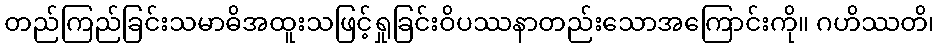
တည်ကြည်ခြင်းသမာဓိအထူးသဖြင့်ရှုခြင်းဝိပဿနာတည်းသောအကြောင်းကို။ ဂဟိဿတိ၊